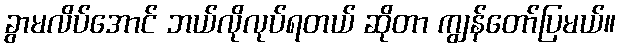
ခွာမလိပ်အောင် ဘယ်လိုလုပ်ရတယ် ဆိုတာ ကျွန်တော်ပြမယ်။